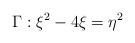
LaTeX: \begin{align*} \Gamma:\xi^2-4\xi=\eta^2\end{align*}